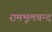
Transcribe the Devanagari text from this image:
रामभूलचन्द